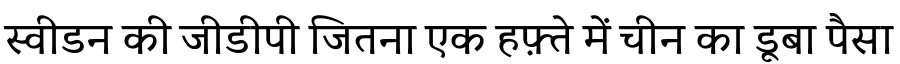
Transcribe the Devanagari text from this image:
स्वीडन की जीडीपी जितना एक हफ़्ते में चीन का डूबा पैसा